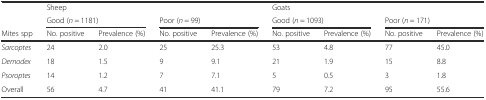
|  | <COLSPAN=4> Sheep | <COLSPAN=4> Goats |
 |  | <COLSPAN=2> Good (n = 1181) | <COLSPAN=2> Poor (n = 99) | <COLSPAN=2> Good (n = 1093) | <COLSPAN=2> Poor (n = 171) |
 | Mites spp | No. positive | Prevalence (%) | No. positive | Prevalence (%) | No. positive | Prevalence (%) | No. positive | Prevalence (%) |
 | --- | --- | --- | --- | --- | --- | --- | --- | --- |
 | Sarcoptes | 24 | 2.0 | 25 | 25.3 | 53 | 4.8 | 77 | 45.0 |
 | Demodex | 18 | 1.5 | 9 | 9.1 | 21 | 1.9 | 15 | 8.8 |
 | Psoroptes | 14 | 1.2 | 7 | 7.1 | 5 | 0.5 | 3 | 1.8 |
 | Overall | 56 | 4.7 | 41 | 41.1 | 79 | 7.2 | 95 | 55.6 |